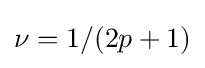
\nu =1/(2p+1)